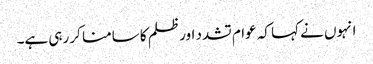
انہوں نے کہا کہ عوام تشدد اور ظلم کا سامنا کر رہی ہے۔